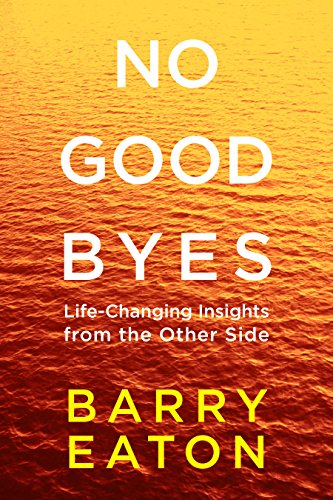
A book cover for No Goodbyes: Life-Changing Insights from the Other Side; Barry Eaton; Religion & Spirituality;